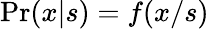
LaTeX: \mathrm{Pr}(x|s)=f(x/s)